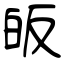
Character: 皈